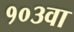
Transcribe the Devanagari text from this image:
१०३वा